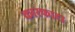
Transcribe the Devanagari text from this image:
कारफाटा